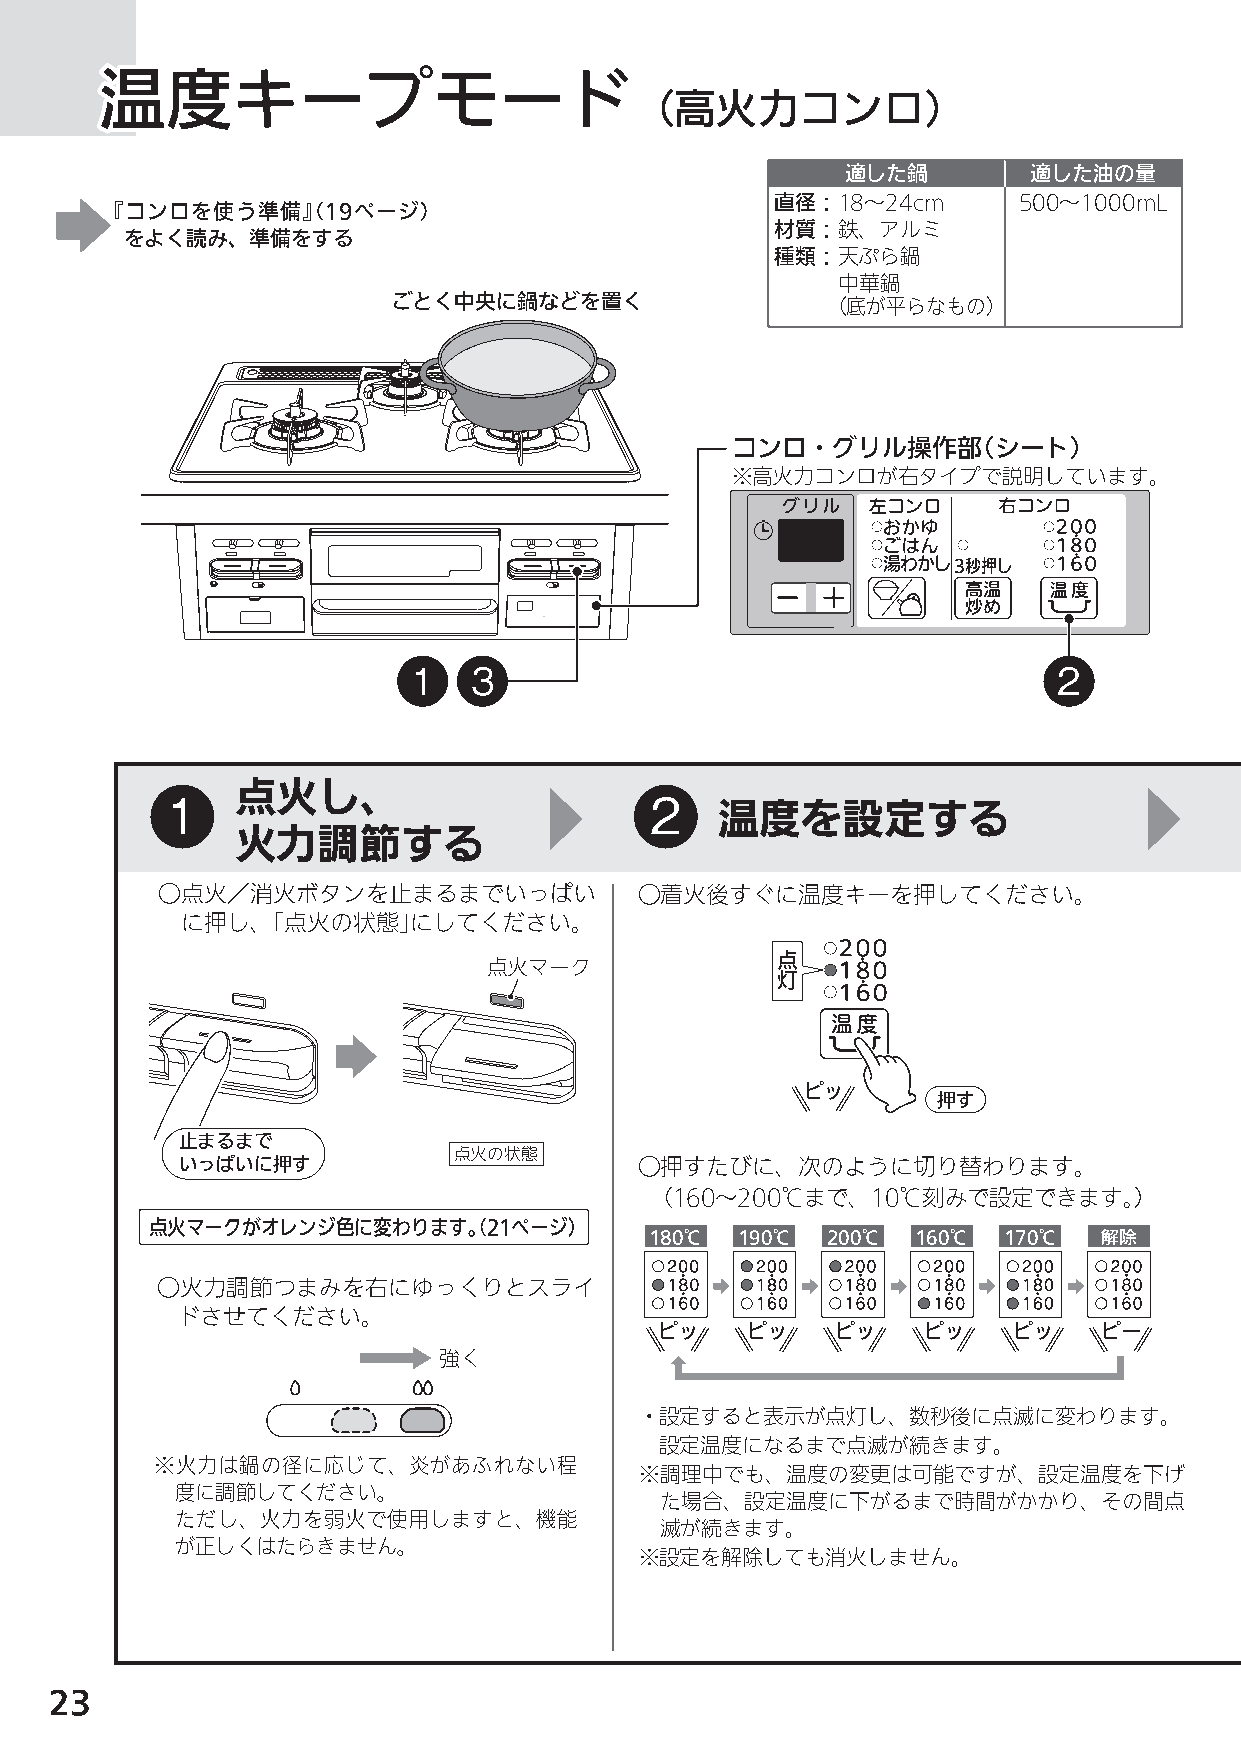
温温温度度度キキキーーープププモモモーーードドド
 （高火力コンロ）
 適した鍋        適した油の量
 直径：18〜24cm      500〜1000mL
 『コンロを使う準備』（19ページ）
 材質：鉄、アルミ
 をよく読み、準備をする
 種類：天ぷら鍋
 中華鍋
 ごとく中央に鍋などを置く                 （底が平らなもの）
 コンロ・グリル操作部（シート）
 ※高火力コンロが右タイプで説明しています。
 1   3                                      2
 点火し、
 1                               2   温度を設定する
 火力調節する
 ○点火／消火ボタンを止まるまでいっぱい             ○着火後すぐに温度キーを押してください。
 に押し、「点火の状態」にしてください。
 点
 点火マーク
 灯
 ピッ
 押す
 止まるまで
 点火の状態
 いっぱいに押す                       ○押すたびに、次のように切り替わります。
 （160〜200℃まで、10℃刻みで設定できます。）
 点火マークがオレンジ色に変わります。（21ページ）
 180℃  190℃  200℃  160℃ 170℃   解除
 ○火力調節つまみを右にゆっくりとスライ
 ドさせてください。
 ピッ    ピッ    ピッ    ピッ    ピッ    ピー
 強く
 ・設定すると表示が点灯し、数秒後に点滅に変わります。
 設定温度になるまで点滅が続きます。
 ※火力は鍋の径に応じて、炎があふれない程
 ※調理中でも、温度の変更は可能ですが、設定温度を下げ
 度に調節してください。
 た場合、設定温度に下がるまで時間がかかり、その間点
 ただし、火力を弱火で使用しますと、機能
 滅が続きます。
 が正しくはたらきません。
 ※設定を解除しても消火しません。
 23
 N3GN2RJT_取説_NR.indd 23                                                   2014/01/21 8:50:45